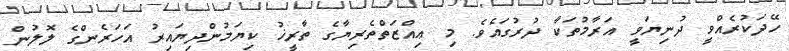
ހޭދަކުރެއްވީ ދުނިޔަވީ އަރާމުތަކާ ދުރުގައެވެ. މި ޢިއްޒަތްތެރިޔާގެ ތާރީޚު ކިޔަމުންދިޔައިރު އަހަރެންގެ ލޮލުން